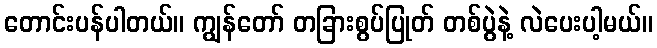
တောင်းပန်ပါတယ်။ ကျွန်တော် တခြားစွပ်ပြုတ် တစ်ပွဲနဲ့ လဲပေးပါ့မယ်။